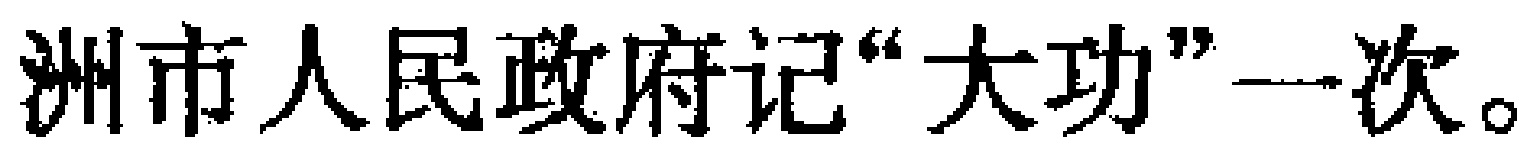
洲市人民政府记“大功”一次。